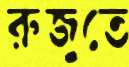
রুজুতে